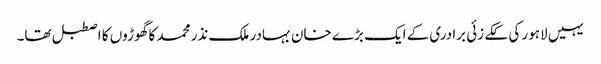
یہیں لاہور کی ککے زئی برادری کے ایک بڑے خان بہادر ملک نذر محمد کا گھوڑوں کا اصطبل تھا۔